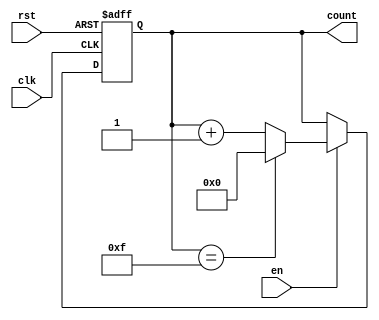
module up_counter (
    input wire clk,      // Clock signal
    input wire en,       // Enable signal
    input wire rst,      // Asynchronous reset signal
    output reg [N-1:0] count // Counter output
);
    parameter N = 4; // Width of the counter (number of bits)

    // Asynchronous reset and counting logic
    always @(posedge clk or posedge rst) begin
        if (rst) begin
            count <= 0; // Reset the counter to 0
        end else if (en) begin
            if (count == (2**N - 1)) begin
                count <= 0; // Wrap around to 0
            end else begin
                count <= count + 1; // Increment the counter
            end
        end
    end
endmodule